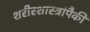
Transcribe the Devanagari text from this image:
शरीरशास्त्रांपैकी